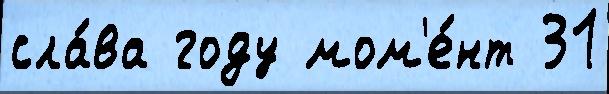
сла́ва году мом'е́нт 31